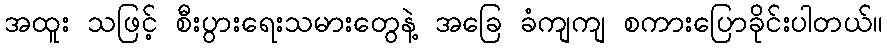
အထူး သဖြင့် စီးပွားရေးသမားတွေနဲ့ အခြေ ခံကျကျ စကားပြောခိုင်းပါတယ်။